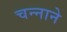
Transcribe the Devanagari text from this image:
चन्‍नाने